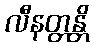
လီနတ္တန္တိ